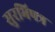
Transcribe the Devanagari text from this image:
सुरभिपत्र